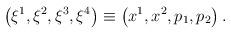
LaTeX: \begin{align*}\left( \xi ^{1},\xi ^{2},\xi ^{3},\xi ^{4}\right) \equiv \left(x^{1},x^{2},p_{1},p_{2}\right) . \end{align*}